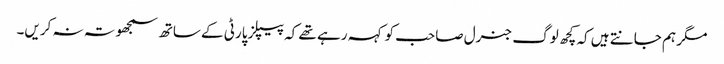
مگر ہم جانتے ہیں کہ کچھ لوگ جنرل صاحب کو کہہ رہے تھے کہ پیپلز پارٹی کے ساتھ سمجھوتہ نہ کریں۔